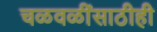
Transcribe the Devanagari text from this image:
चळवळींसाठीही